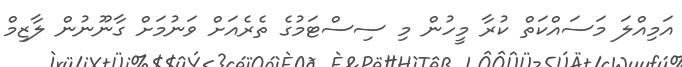
އަމިއްލަ މަސައްކަތް ކުރާ މީހުން މި ސިސްޓަމުގެ ތެރެއަށް ވަނުމަށް ގާނޫނުން ލާޒިމް